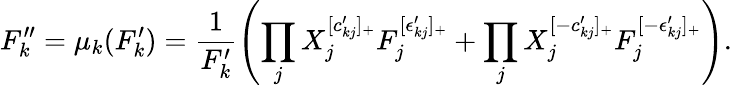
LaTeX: F_{k}^{\prime\prime}=\mu_{k}(F_{k}^{\prime})=\frac{1}{F_{k}^{\prime}}\left(\prod_{j}X_{j}^{[c_{kj}^{\prime}]_{+}}F_{j}^{[\epsilon_{kj}^{\prime}]_{+}}+\prod_{j}X_{j}^{[-c_{kj}^{\prime}]_{+}}F_{j}^{[-\epsilon_{kj}^{\prime}]_{+}}\right).